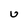
Character: u